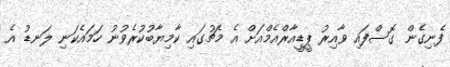
ފެނިގެން ގޮސްފައި ވާއިރު ޕީޑީއާރްއެމްއަށް އެ މެޗުގައި ކާމިޔާބުކުރެވުނު ހަމައެކަނި ލަނޑު އެ